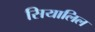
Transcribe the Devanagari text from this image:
सियालिल